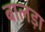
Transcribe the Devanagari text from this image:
बालड़ा